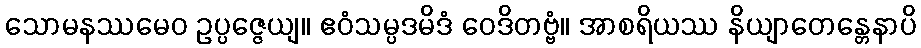
သောမနဿမေဝ ဥပ္ပဇ္ဇေယျ။ ဧဝံသမ္ပဒမိဒံ ဝေဒိတဗ္ဗံ။ အာစရိယဿ နိယျာတေန္တေနာပိ